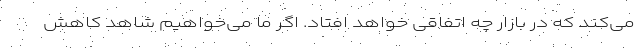
می‌کند که در بازار چه اتفاقی خواهد افتاد. اگر ما می‌خواهیم شاهد کاهش